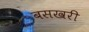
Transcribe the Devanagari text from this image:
बसखरी